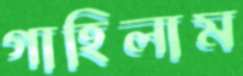
গাহিলাম